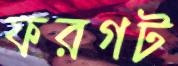
ফরগট